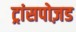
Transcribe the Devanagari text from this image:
ट्रांसपोज़ड